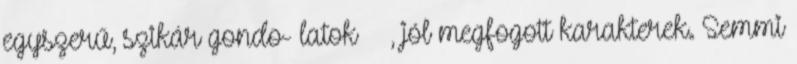
egyszerű, szikár gondo- latok , jól megfogott karakterek. Semmi